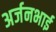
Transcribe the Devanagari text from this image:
अर्जनभाई